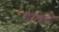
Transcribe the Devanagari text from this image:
घरट्यांची